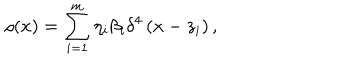
\rho ( x ) = \sum _ { i = 1 } ^ { m } \eta _ { i } \beta _ { i } \delta ^ { 4 } \left( x - z _ { i } \right) ,